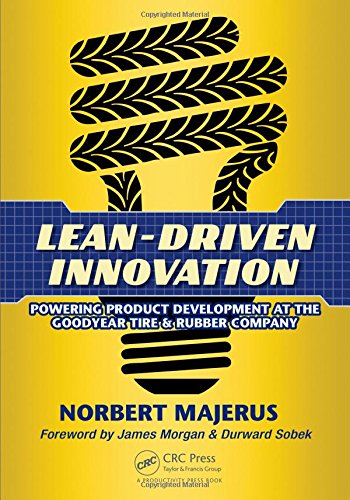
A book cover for Lean-Driven Innovation: Powering Product Development at The Goodyear Tire & Rubber Company; Norbert Majerus; Business & Money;